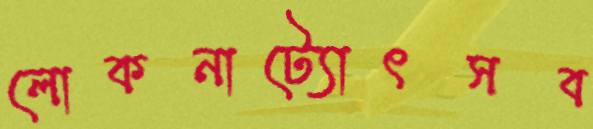
লোকনাট্যোৎসব